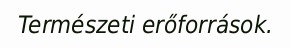
Természeti erőforrások.